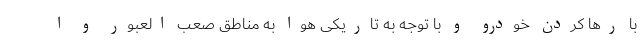
با رها کردن خودرو و با توجه به تاریکی هوا به مناطق صعب العبور و ا